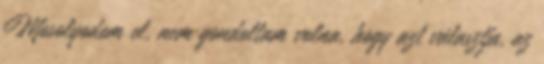
Mosolyodom el, nem gondoltam volna, hogy azt választja, az